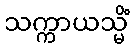
သက္ကာယသ္မိံ